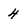
Character: 4